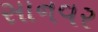
સાનવર